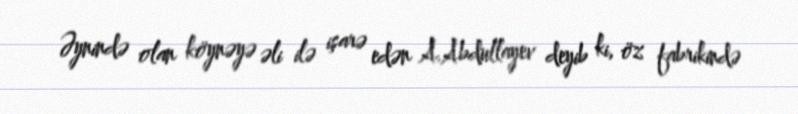
Əynində olan köynəyə əli ilə işarə edən A.Abdullayev deyib ki, öz fabrikində